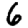
Digit: 6